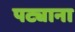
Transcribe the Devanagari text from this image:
पट्याना